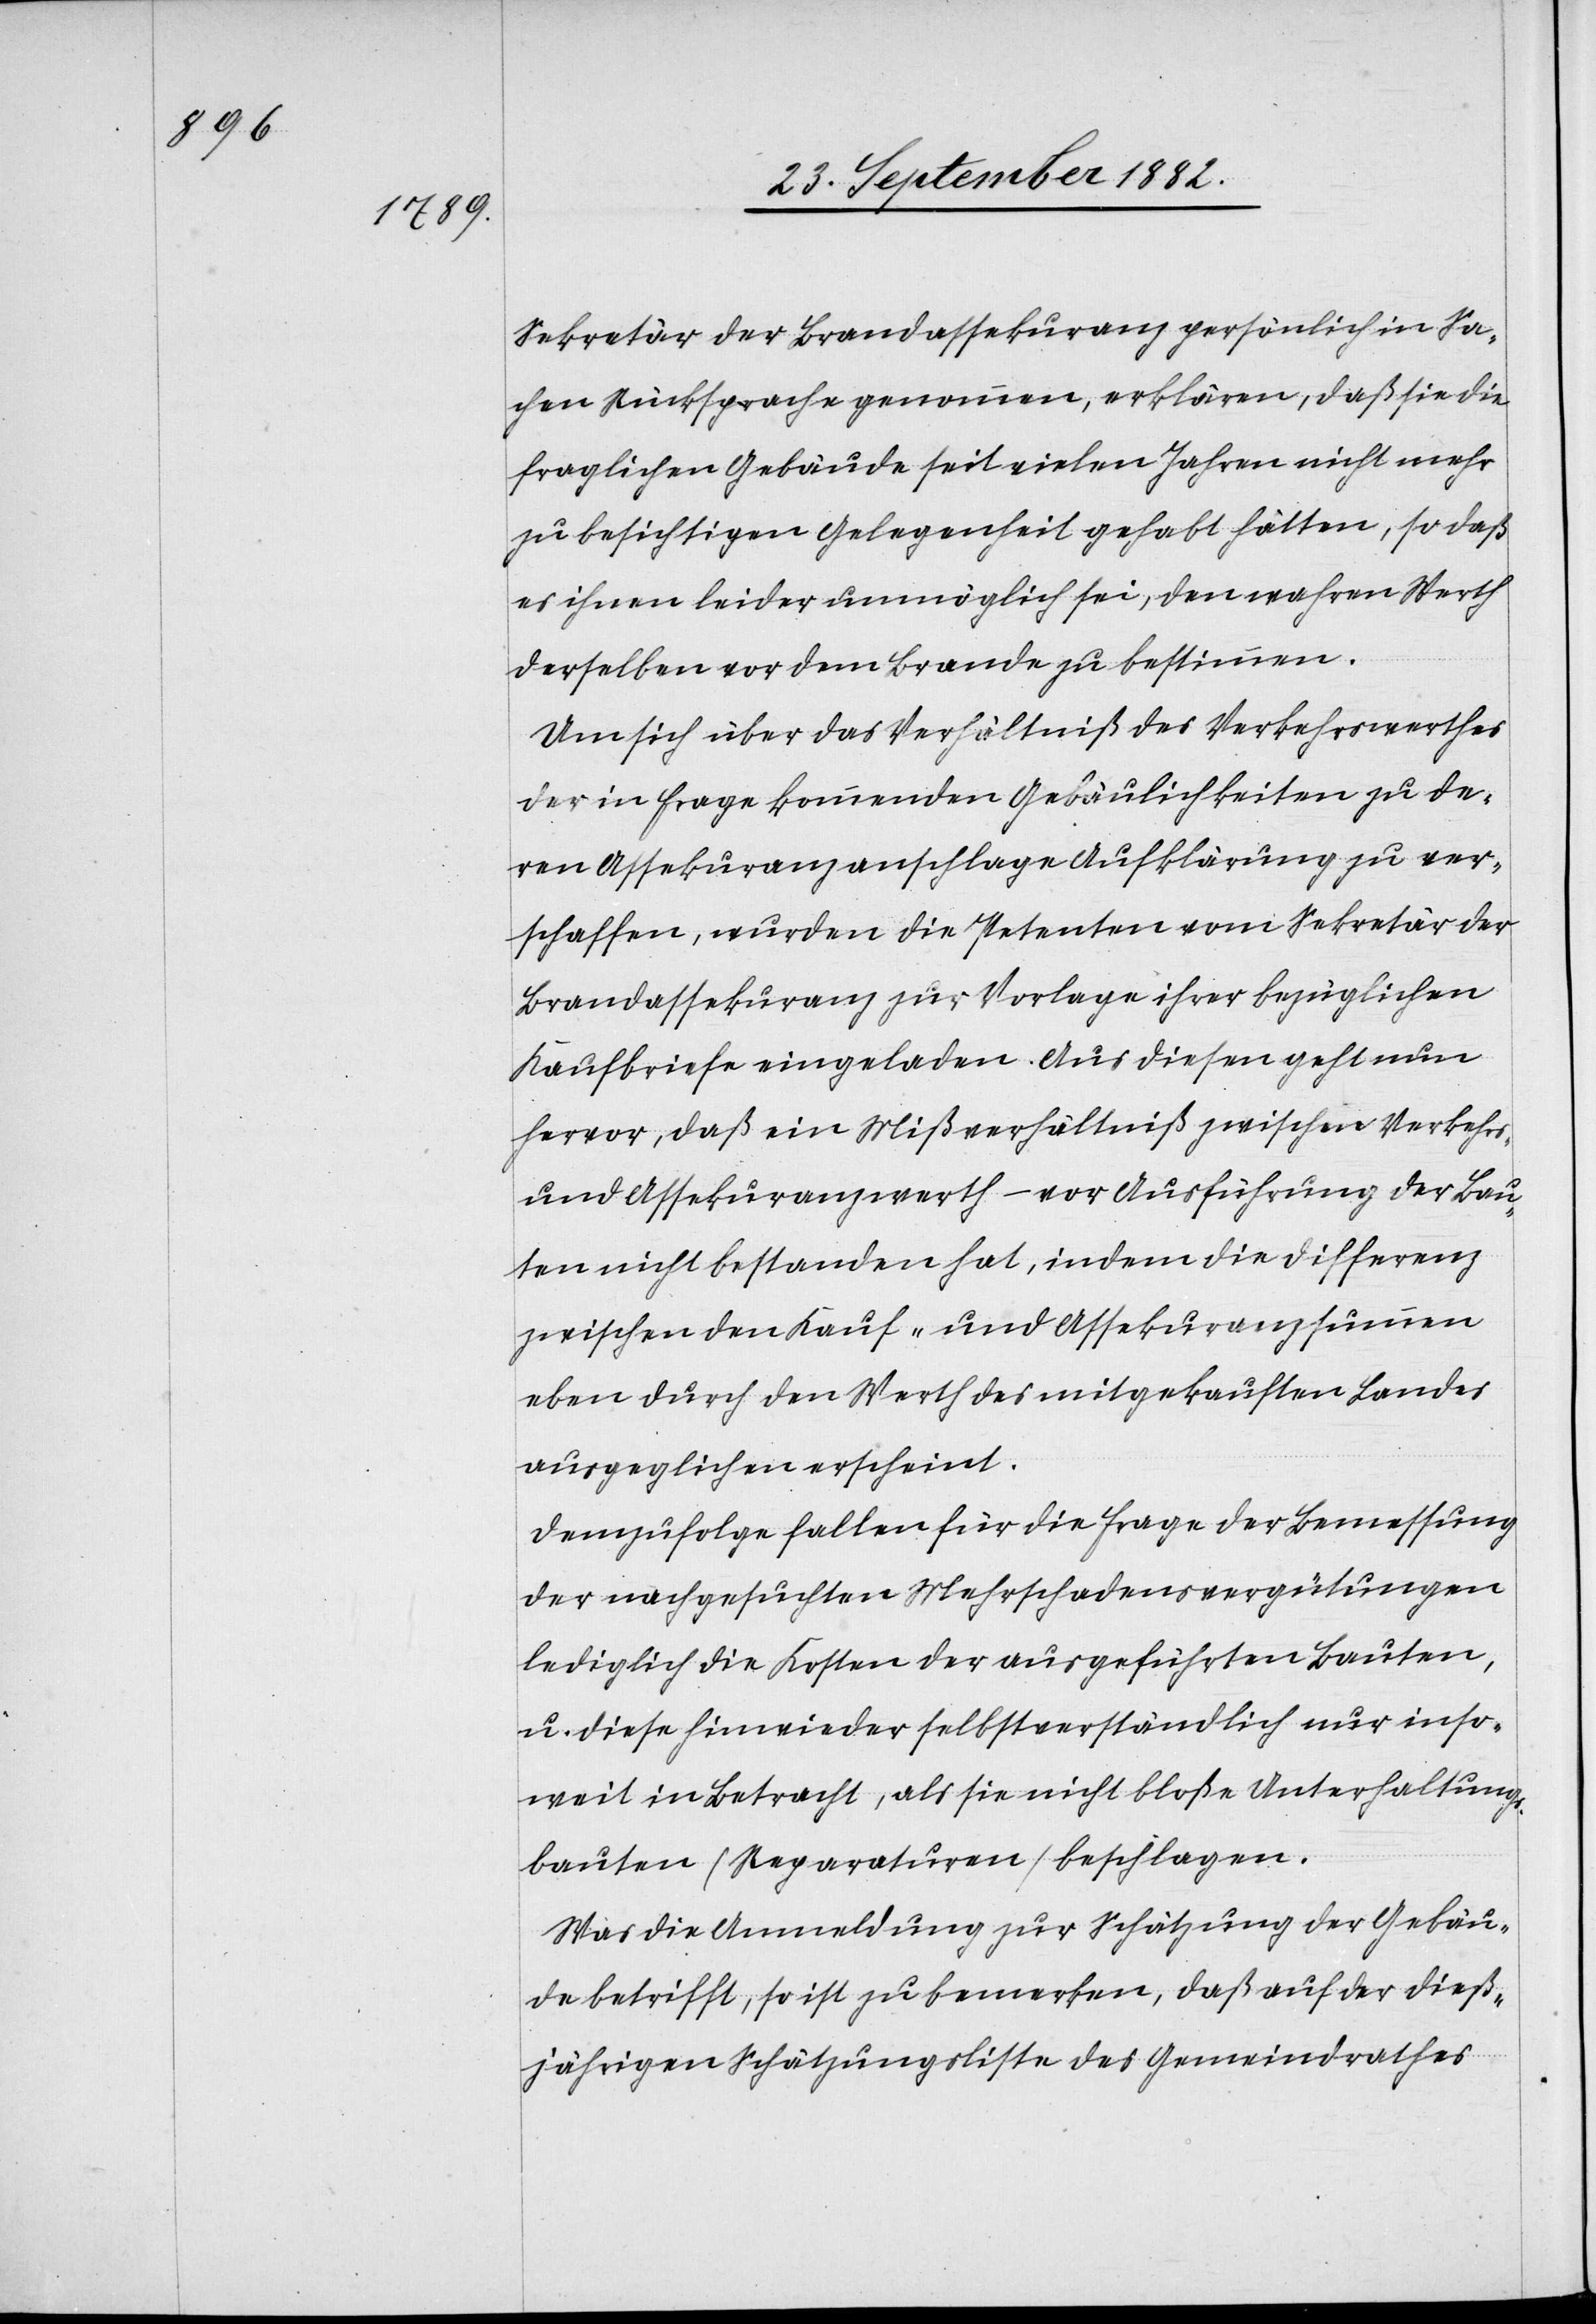
Sekretär der Brandassekuranz persönlich in Sa¬
chen Rücksprache genommen, erklären, daß sie die
fraglichen Gebäude seit vielen Jahren nicht mehr
zu besichtigen Gelegenheit gehabt hätten, so daß
es ihnen leider unmöglich sei, den wahren Werth
derselben vor dem Brande zu bestimmen.
Um sich über das Verhältniß des Verkehrswerthes
der in Frage kommenden Gebäulichkeiten zu de¬
ren Assekuranzanschlage Aufklärung zu ver¬
schaffen, wurden die Petenten vom Sekretär der
Brandassekuranz zur Vorlage ihrer bezüglichen
Kaufbriefe eingeladen. Aus diesen geht nun
hervor, daß ein Mißverhältniß zwischen Verkehrs-
und Assekuranzwerth – vor Ausführung der Bau¬
ten nicht bestanden hat, indem die Differenz
zwischen den Kauf- und Assekuranzsummen
eben durch den Werth des mitgekauften Landes
ausgeglichen erscheint.
Demzufolge fallen für die Frage der Bemessung
der nachgesuchten Mehrschadensvergütungen
lediglich die Kosten der ausgeführten Bauten,
u. diese hinwieder selbstverständlich nur inso¬
weit in Betracht, als sie nicht bloße Unterhaltungs¬
bauten (Reparaturen) beschlagen.
Was die Anmeldung zur Schätzung der Gebäu¬
de betrifft, so ist zu bemerken, daß auf der dieß¬
jährigen Schätzungsliste des Gemeindrathes